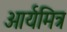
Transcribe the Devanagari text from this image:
आर्यमित्र